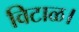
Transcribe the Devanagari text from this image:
विटाळ।